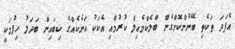
އެފަދަ ތަކެތި ބޭނުންކޮށްގެން ބްލެކްމެއިލް ކުރުމާއި އެކަކު އަނެކެއްގެ ކިބައިން ބަދަލު ހިފުމަކީ